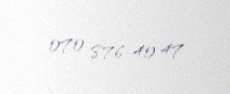
070 876 40 47